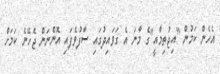
އެހެން ކަމުން "އިޖުތިމާއީ"ގެ މާނަ އެ ގަވައިދުގައި ސާފުވެފައި އޮންނަން ޖެހޭނެ ކަމަށް